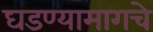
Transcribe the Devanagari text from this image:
घडण्यामागचे